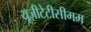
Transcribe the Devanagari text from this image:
यूज़ीटेटीसीमम